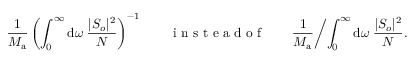
\frac { 1 } { M _ { \mathrm { a } } } \left( \int _ { 0 } ^ { \infty } \mathrm { d } \omega \; \frac { | S _ { o } | ^ { 2 } } { N } \right) ^ { - 1 } \qquad \mathrm { ~ i ~ n ~ s ~ t ~ e ~ a ~ d ~ o ~ f ~ } \qquad \frac { 1 } { M _ { \mathrm { a } } } \biggl / \int _ { 0 } ^ { \infty } \mathrm { d } \omega \; \frac { | S _ { o } | ^ { 2 } } { N } .